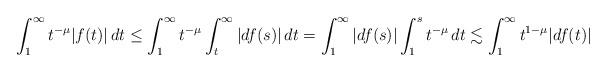
LaTeX: \begin{align*}\int_1^\infty t^{-\mu}|f(t)|\, dt &\leq \int_1^\infty t^{-\mu}\int_t^\infty |df(s)|\, dt=\int_1^\infty |df(s)|\int_1^s t^{-\mu}\, dt \lesssim \int_1^\infty t^{1-\mu}|df(t)|\end{align*}